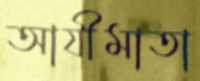
আযীমাতা